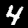
Digit: 4